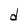
Character: d